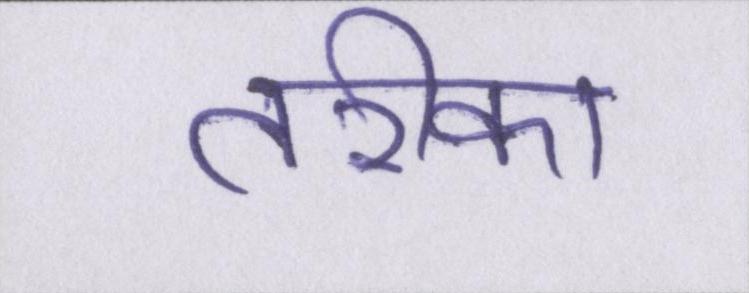
तरीका